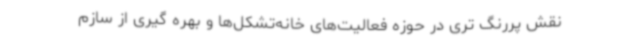
نقش پررنگ تری در حوزه فعالیت‌های خانه‌تشکل‌ها و بهره گیری از سازم